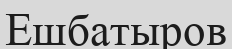
Ешбатыров